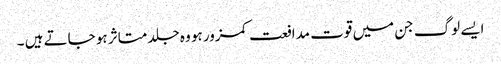
ایسے لوگ جن میں قوت مدافعت کمزور ہو وہ جلد متاثر ہو جاتے ہیں ۔